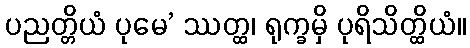
ပညတ္တိယံ ပုမေ’ ဿတ္ထ၊ ရုက္ခမှိ ပုရိသိတ္ထိယံ။